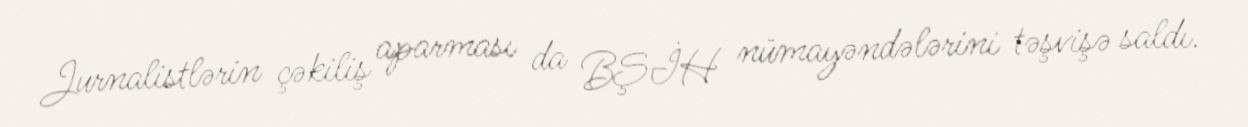
Jurnalistlərin çəkiliş aparması da BŞİH nümayəndələrini təşvişə saldı.